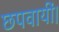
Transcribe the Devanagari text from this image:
छपवायीं।